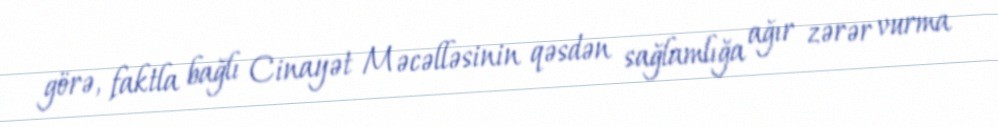
görə, faktla bağlı Cinayət Məcəlləsinin qəsdən sağlamlığa ağır zərər vurma